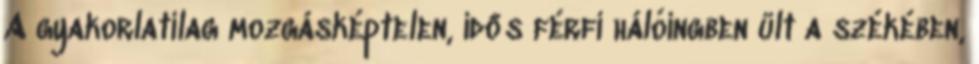
A gyakorlatilag mozgásképtelen, idős férfi hálóingben ült a székében,